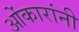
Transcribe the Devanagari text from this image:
ओंकारांनी